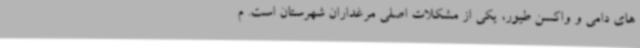
های دامی و واکسن طیور، یکی از مشکلات اصلی مرغداران شهرستان است. م